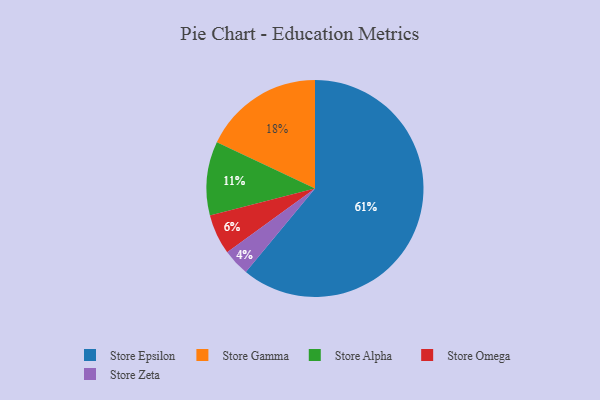
{"axis": {"x": "Category", "y": "Percentage"}, "legend": ["Store Alpha", "Store Epsilon", "Store Gamma", "Store Omega", "Store Zeta"], "data": [{"x": "Store Epsilon", "y": 61, "type": "Store Epsilon"}, {"x": "Store Alpha", "y": 11, "type": "Store Alpha"}, {"x": "Store Gamma", "y": 18, "type": "Store Gamma"}, {"x": "Store Zeta", "y": 4, "type": "Store Zeta"}, {"x": "Store Omega", "y": 6, "type": "Store Omega"}]}